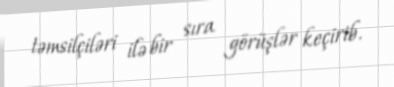
təmsilçiləri ilə bir sıra görüşlər keçirib.